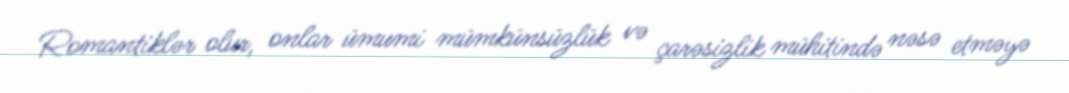
Romantiklər olur, onlar ümumi mümkünsüzlük və çarəsizlik mühitində nəsə etməyə